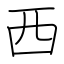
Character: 西